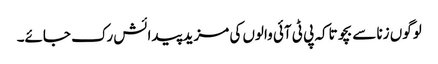
لوگوں زنا سے بچو تاکہ پی ٹی آئی والوں کی مزید پیدائش رک جائے۔